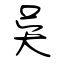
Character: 吳